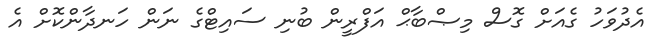
އެދުވަހު ގެއަށް ގޮސް މިޞްބާޙް އަފްރީން ބުނި ސައިޓްގެ ނަން ހަނދާންކޮށް އެ